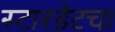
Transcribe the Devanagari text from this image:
स्टारडेटचा